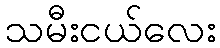
သမီးငယ်လေး